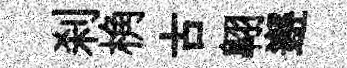
刹桷古翺邂